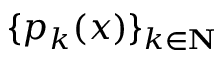
\{ p _ { k } ( x ) \} _ { k \in \mathbf { N } }